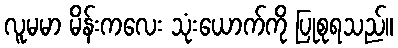
လူမမာ မိန်းကလေး သုံးယောက်ကို ပြုစုရသည်။